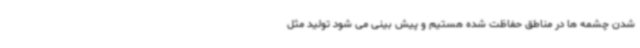
شدن‌ چشمه ها در مناطق حفاظت شده هستیم و پیش بینی می شود تولید مثل